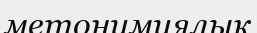
метонимиялық